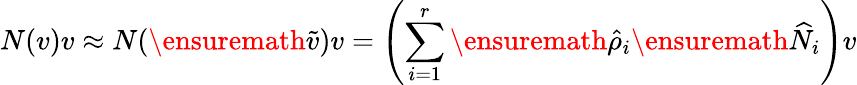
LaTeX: N(v)v\approx N(\ensuremath{\tilde{v}})v=\left(\sum_{i=1}^{r}\ensuremath{\hat{\rho}}_{i}\ensuremath{\widehat{N}}_{i}\right)v